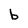
Character: b